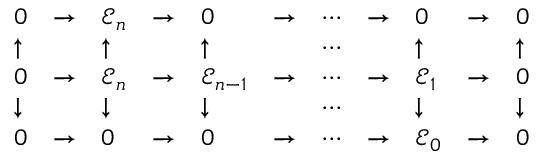
\begin{array} { l l l l l l l l l l l } { 0 } & { \to } & { { \mathcal { E } } _ { n } } & { \to } & { 0 } & { \to } & { \cdots } & { \to } & { 0 } & { \to } & { 0 } \\ { \uparrow } & { } & { \uparrow } & { } & { \uparrow } & { } & { \cdots } & { } & { \uparrow } & { } & { \uparrow } \\ { 0 } & { \to } & { { \mathcal { E } } _ { n } } & { \to } & { { \mathcal { E } } _ { n - 1 } } & { \to } & { \cdots } & { \to } & { { \mathcal { E } } _ { 1 } } & { \to } & { 0 } \\ { \downarrow } & { } & { \downarrow } & { } & { \downarrow } & { } & { \cdots } & { } & { \downarrow } & { } & { \downarrow } \\ { 0 } & { \to } & { 0 } & { \to } & { 0 } & { \to } & { \cdots } & { \to } & { { \mathcal { E } } _ { 0 } } & { \to } & { 0 } \end{array}